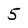
Character: 5